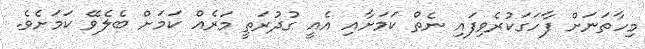
މިހާތަނަށް ފާހަަގަކުރެވިފައި ނެތް ކަމަށާއި އެއީ ގުދުރަތީ މަރެއް ކަމަށް ބެލެވޭ ކަމަށެވެ.